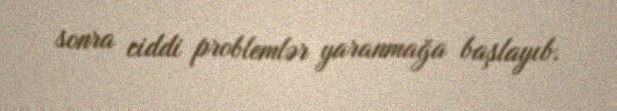
sonra ciddi problemlər yaranmağa başlayıb.